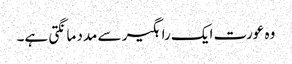
وہ عورت ایک راہگیر سے مدد مانگتی ہے۔